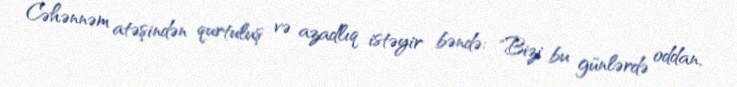
Cəhənnəm atəşindən qurtuluş və azadlıq istəyir bəndə: "Bizi bu günlərdə oddan,